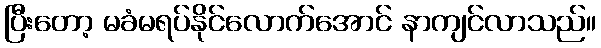
ပြီးတော့ မခံမရပ်နိုင်လောက်အောင် နာကျင်လာသည်။